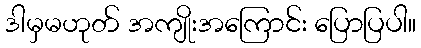
ဒါမှမဟုတ် အကျိုးအကြောင်း ပြောပြပါ။